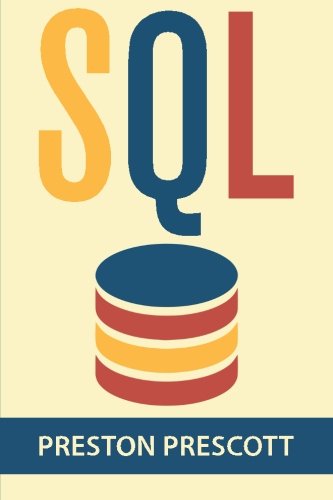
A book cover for SQL for Beginners: Learn the Structured Query Language for the Most Popular Databases including Microsoft SQL Server, MySQL, MariaDB, PostgreSQL, and Oracle; Preston Prescott; Computers & Technology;